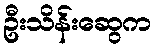
ဦးသိန်းဆွေက